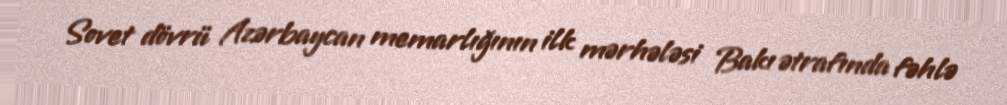
Sovet dövrü Azərbaycan memarlığının ilk mərhələsi Bakı ətrafında fəhlə